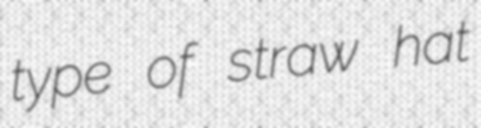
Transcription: type of straw hat